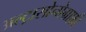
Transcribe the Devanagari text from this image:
अल्ट्रासोनोग्राफ़ी